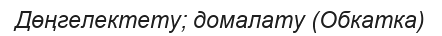
Дөңгелектету; домалату (Обкатка)